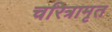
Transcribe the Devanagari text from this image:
चरित्रामृत